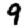
Digit: 9